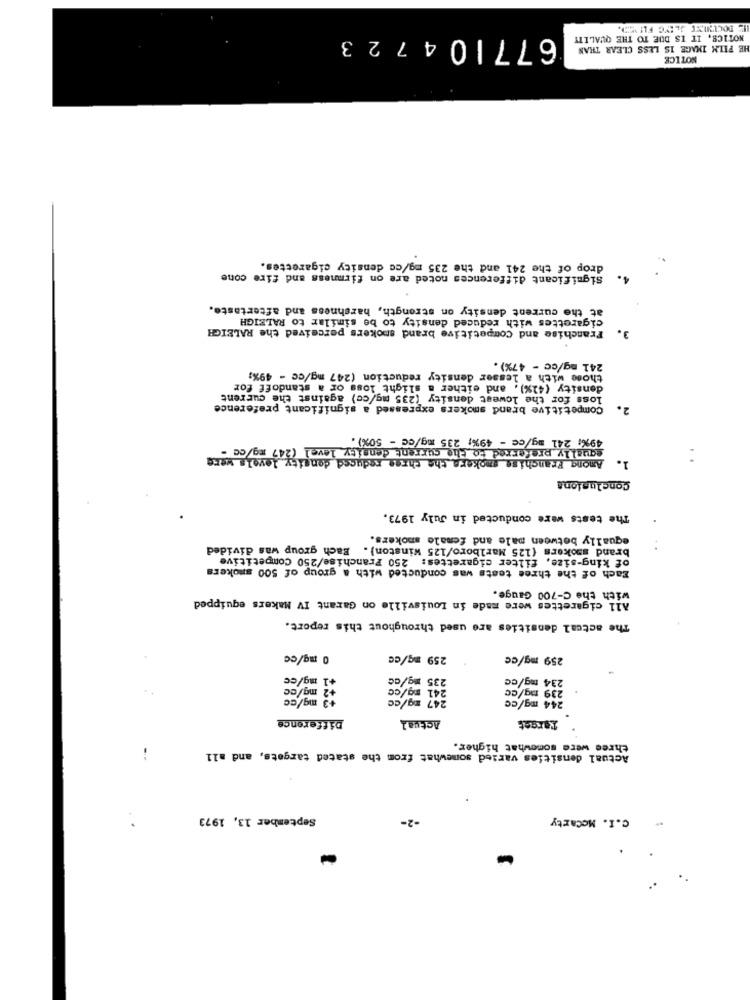
IL DOCUMENT JLEYG FUND.
6771 04723
NOTICE, IT IS DUE TO THE QUALITY
HE FILM IMAGE IS LESS CLEAR THAN
NOTICE
drop of the 241 and the 235 mg/cc density cigarettes.
Significant differences noted are on firmness and fire cone
4.
at the current density on strength, harshness and aftertaste,
cigarettes with reduced density to be similar to RALEIGH
Franchise and Competitive brand smokers perceived the RALEIGH
3.
241 mg/cc - 47%).
those with a lesser density reduction (247 mg/cc - 49%;
density (41%), and either a slight loss or a standoff for
loss for the lowest density (235 mg/cc) against the current
Competitive brand smokers expressed a significant preference
2.
49%; 241 mg/ce - 49%; 235 mg/cc - 50%) .
equally preferred to the current density level (247 mg/cc -
1. Among Franchise smokers the three reduced density levela_were
Conclusions
The tests were conducted in July 1973.
equally between male and female smokers.
brand smokers (125 Marlboro/125 Winston). Each group was divided
of king-size, filter cigarettes: 250 Franchise/250 Competitive
Each of the three tests was conducted with a group of 500 smokers
with the C-700 Gauge.
All cigarettes were made in Louisville on Garant IV Makers equipped
The actual densities are used throughout this report.
0 mg/cc
259 mg/cc
259 mg/cc
+1 mg/cc
235 mg/cc
234 mg/cc
#2 mg/cc
241 mg/cc
239 mg/cc
+3 mg/cc
247 mg/cc
244 mg/cc
Difference
Actual
Target
three were somewhat higher.
Actual densities varied somewhat from the stated targets, and all
--
September 13, 1973
-2-
C.I. Mccarty